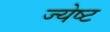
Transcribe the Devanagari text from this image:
ज्‍येष्‍ट